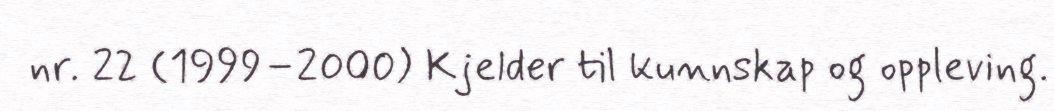
nr. 22 (1999–2000) Kjelder til kunnskap og oppleving.